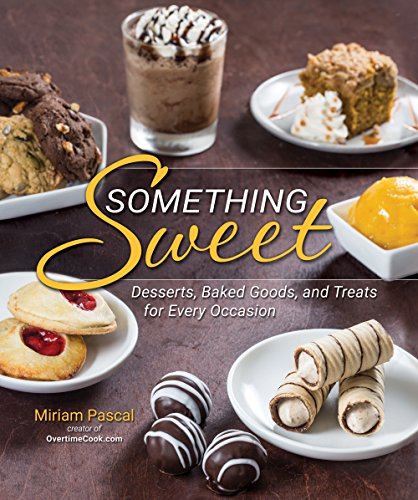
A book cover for Something Sweet: Desserts, Baked Goods, and Treats for Every Occasion; Miriam Pascal; Cookbooks, Food & Wine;